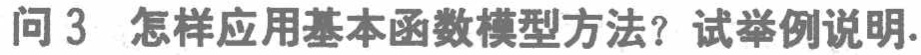
问 3 怎样应用基本函数模型方法？试举例说明.